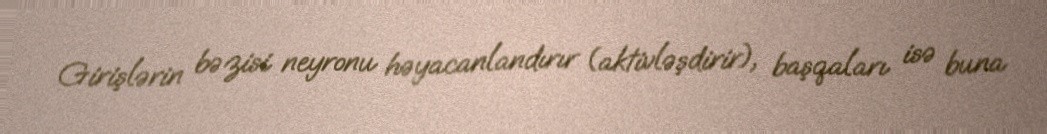
Girişlərin bəzisi neyronu həyacanlandırır (aktivləşdirir), başqaları isə buna